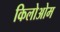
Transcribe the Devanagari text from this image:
किलोओम